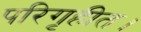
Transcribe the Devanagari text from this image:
परिगृहीत।